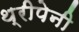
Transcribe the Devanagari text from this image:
थ्रीपेनी